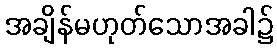
အချိန်မဟုတ်သောအခါ၌